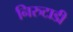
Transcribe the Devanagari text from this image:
निरुटाडी